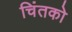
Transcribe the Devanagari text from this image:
चिंतको